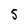
Character: 5